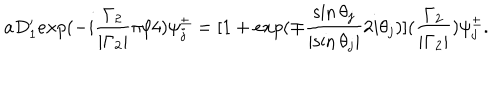
a D _ { 1 } ^ { \prime } e x p ( - i \frac { { \Gamma } _ { 2 } } { | { \Gamma } _ { 2 } | } { \pi } / 4 ) { \psi } _ { j } ^ { \pm } = [ 1 + e x p ( { \mp } \frac { \sin { \theta } _ { j } } { | { \sin \theta } _ { j } | } 2 i { \theta } _ { j } ) ] ( \frac { { \Gamma } _ { 2 } } { | { \Gamma } _ { 2 } | } ) { \psi } _ { j } ^ { \pm } .